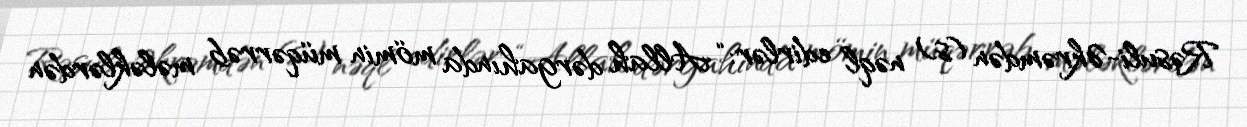
Rəsuli-Əkrəmdən (s) nəql edirlər: “Allah dərgahında mömin müqərrəb mələklərdən